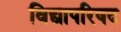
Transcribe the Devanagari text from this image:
विद्यापरिषद